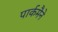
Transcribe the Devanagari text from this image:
पार्कमैने